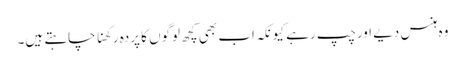
وہ ہنس دیے اورچپ رہے کیونکہ اب بھی کچھ لوگوں کا پردہ رکھنا چاہتے ہیں۔